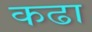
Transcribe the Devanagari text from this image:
कढा